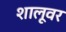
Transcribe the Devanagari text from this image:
शालूवर